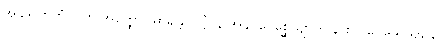
အနုဒသာဟံ ဝါတိ အတ္ထော။ ဓာရန္တိ ဝုဋ္ဌိံ။ န အနုပ္ပဝေစ္ဆေယျာတိ န စ ပဝေသေယျ, န